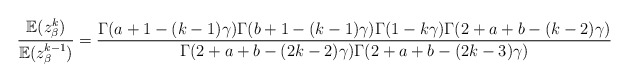
\begin{align*}\frac{\mathbb{E}(z_{\beta}^{k})}{\mathbb{E}(z_{\beta}^{k-1})} = \frac{\Gamma(a+1-(k-1)\gamma)\Gamma(b+1-(k-1)\gamma)\Gamma(1-k\gamma)\Gamma(2+a+b-(k-2)\gamma)}{\Gamma(2+a+b-(2k-2)\gamma)\Gamma(2+a+b-(2k-3)\gamma)}\end{align*}